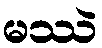
မဿဲ